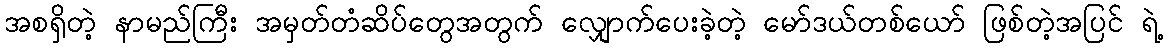
အစရှိတဲ့ နာမည်ကြီး အမှတ်တံဆိပ်တွေအတွက် လျှောက်ပေးခဲ့တဲ့ မော်ဒယ်တစ်ယော် ဖြစ်တဲ့အပြင် ရဲ့